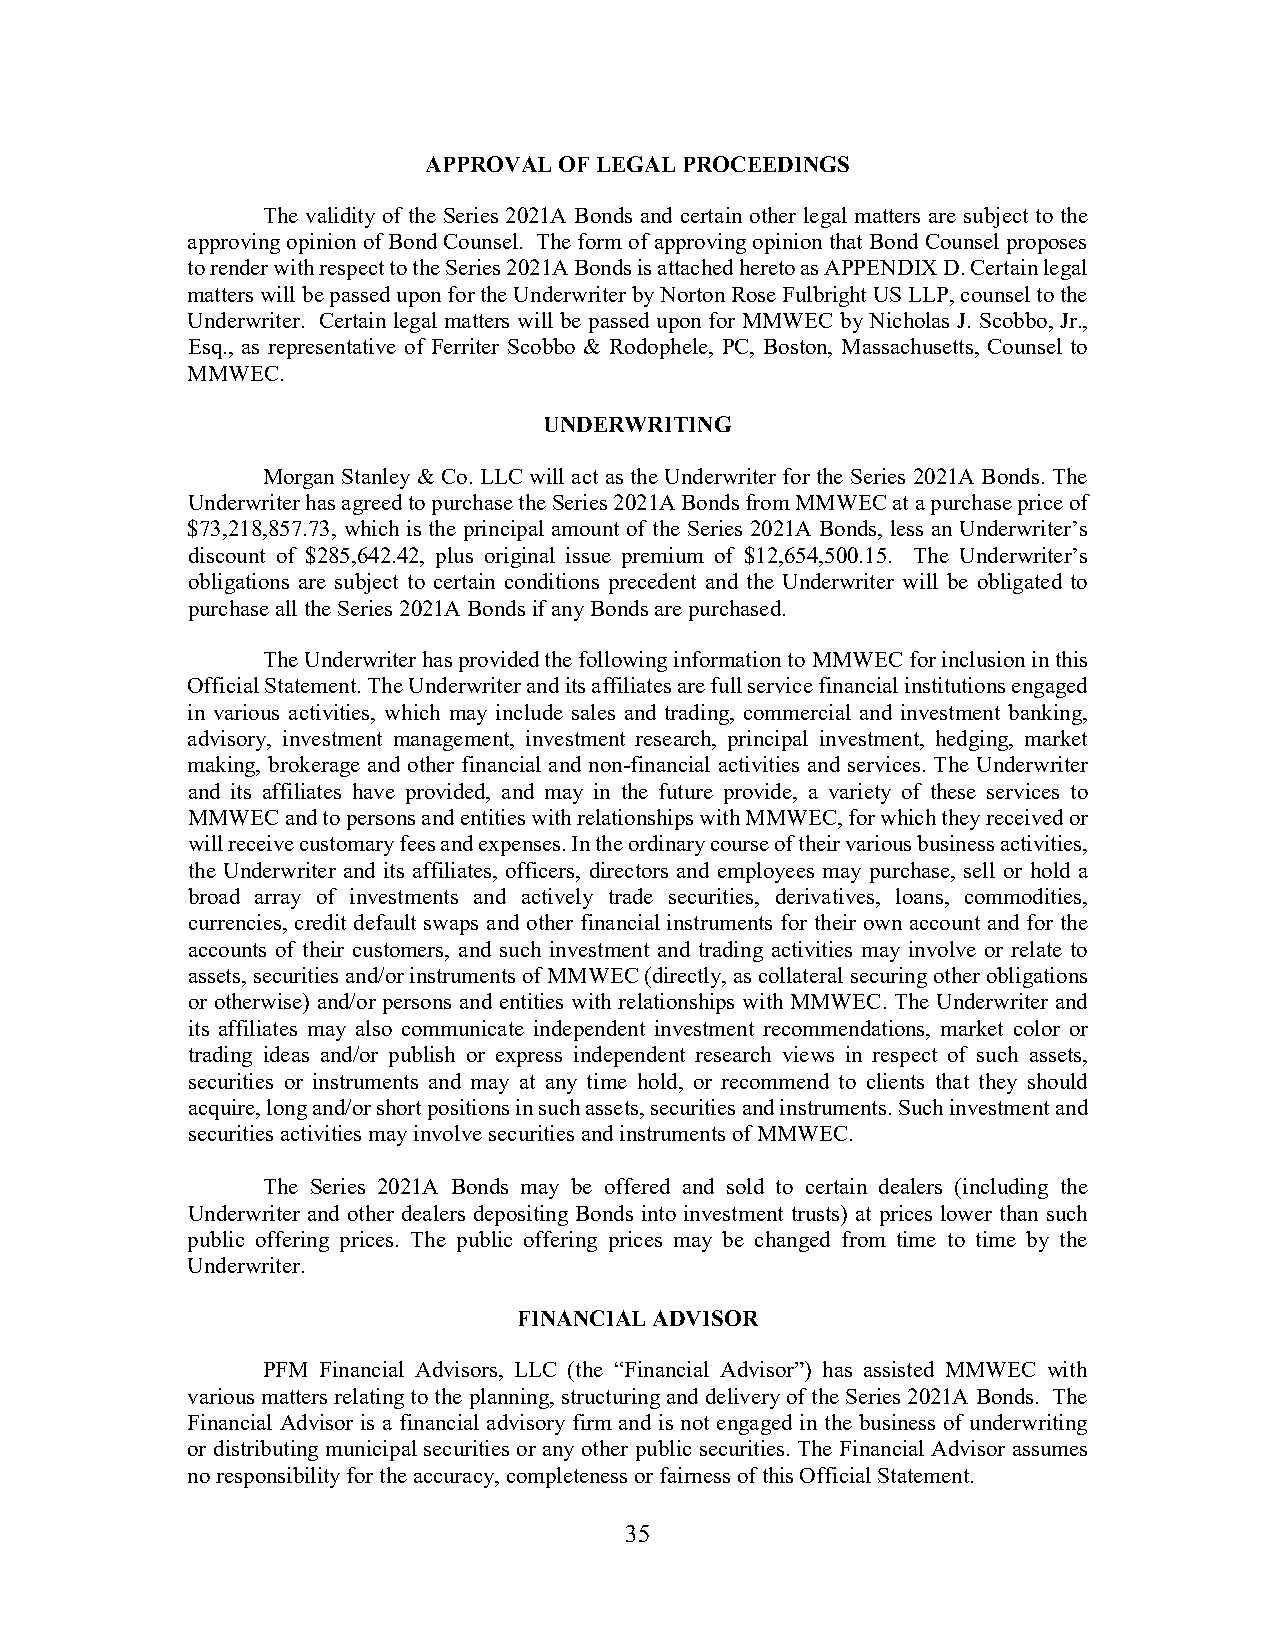
APPROVAL OF LEGAL PROCEEDINGS
 The validity of the Series 2021A Bonds and certain other legal matters are subject to the
 approving opinion of Bond Counsel. The form of approving opinion that Bond Counsel proposes
 to render with respect to the Series 2021A Bonds is attached hereto as APPENDIX D. Certain legal
 matters will be passed upon for the Underwriter by Norton Rose Fulbright US LLP, counsel to the
 Underwriter. Certain legal matters will be passed upon for MMWEC by Nicholas J. Scobbo, Jr.,
 Esq., as representative of Ferriter Scobbo & Rodophele, PC, Boston, Massachusetts, Counsel to
 MMWEC.
 UNDERWRITING
 Morgan Stanley & Co. LLC will act as the Underwriter for the Series 2021A Bonds. The
 Underwriter has agreed to purchase the Series 2021A Bonds from MMWEC at a purchase price of
 $73,218,857.73, which is the principal amount of the Series 2021A Bonds, less an Underwriter’s
 discount of $285,642.42, plus original issue premium of $12,654,500.15. The Underwriter’s
 obligations are subject to certain conditions precedent and the Underwriter will be obligated to
 purchase all the Series 2021A Bonds if any Bonds are purchased.
 The Underwriter has provided the following information to MMWEC for inclusion in this
 Official Statement. The Underwriter and its affiliates are full service financial institutions engaged
 in various activities, which may include sales and trading, commercial and investment banking,
 advisory, investment management, investment research, principal investment, hedging, market
 making, brokerage and other financial and non-financial activities and services. The Underwriter
 and its affiliates have provided, and may in the future provide, a variety of these services to
 MMWEC  and to persons and entities with relationships with MMWEC, for which they received or
 will receive customary fees and expenses. In the ordinary course of their various business activities,
 the Underwriter and its affiliates, officers, directors and employees may purchase, sell or hold a
 broad array of investments and actively trade securities, derivatives, loans, commodities,
 currencies, credit default swaps and other financial instruments for their own account and for the
 accounts of their customers, and such investment and trading activities may involve or relate to
 assets, securities and/or instruments of MMWEC (directly, as collateral securing other obligations
 or otherwise) and/or persons and entities with relationships with MMWEC. The Underwriter and
 its affiliates may also communicate independent investment recommendations, market color or
 trading ideas and/or publish or express independent research views in respect of such assets,
 securities or instruments and may at any time hold, or recommend to clients that they should
 acquire, long and/or short positions in such assets, securities and instruments. Such investment and
 securities activities may involve securities and instruments of MMWEC.
 The Series 2021A Bonds may be offered and sold to certain dealers (including the
 Underwriter and other dealers depositing Bonds into investment trusts) at prices lower than such
 public offering prices. The public offering prices may be changed from time to time by the
 Underwriter.
 FINANCIAL ADVISOR
 PFM Financial Advisors, LLC (the “Financial Advisor”) has assisted MMWEC with
 various matters relating to the planning, structuring and delivery of the Series 2021A Bonds. The
 Financial Advisor is a financial advisory firm and is not engaged in the business of underwriting
 or distributing municipal securities or any other public securities. The Financial Advisor assumes
 no responsibility for the accuracy, completeness or fairness of this Official Statement.
 35